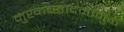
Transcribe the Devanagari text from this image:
मुखाच्छादनामुळे